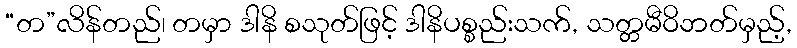
“တ”လိန်တည်၊ တမှာ ဒါနိ စသုတ်ဖြင့် ဒါနိပစ္စည်းသက်, သတ္တမီဝိဘတ်မှည့်,